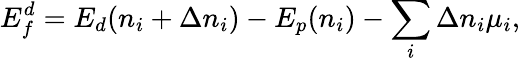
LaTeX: E_{f}^{d}=E_{d}(n_{i}+\Delta n_{i})-E_{p}(n_{i})-\sum_{i}\Delta n_{i}\mu_{i},